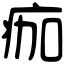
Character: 痂